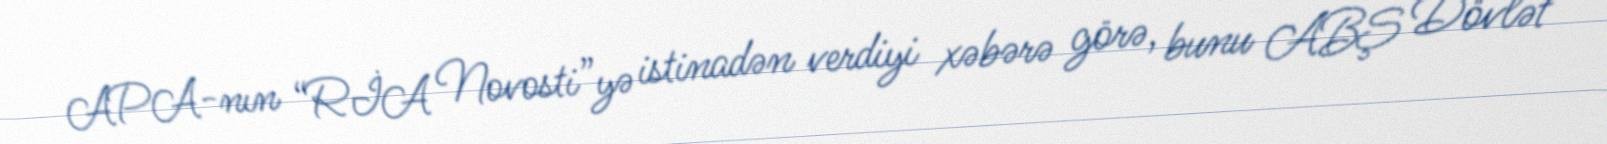
APA-nın “RİA Novosti”yə istinadən verdiyi xəbərə görə, bunu ABŞ Dövlət